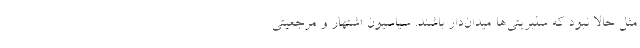
مثل حالا نبود که سلبریتی‌ها میدان‌دار باشند. سیاسیون اشتهار و مرجعیتی